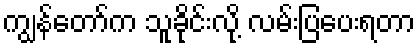
ကျွန်တော်က သူခိုင်းလို့ လမ်းပြပေးရတာ